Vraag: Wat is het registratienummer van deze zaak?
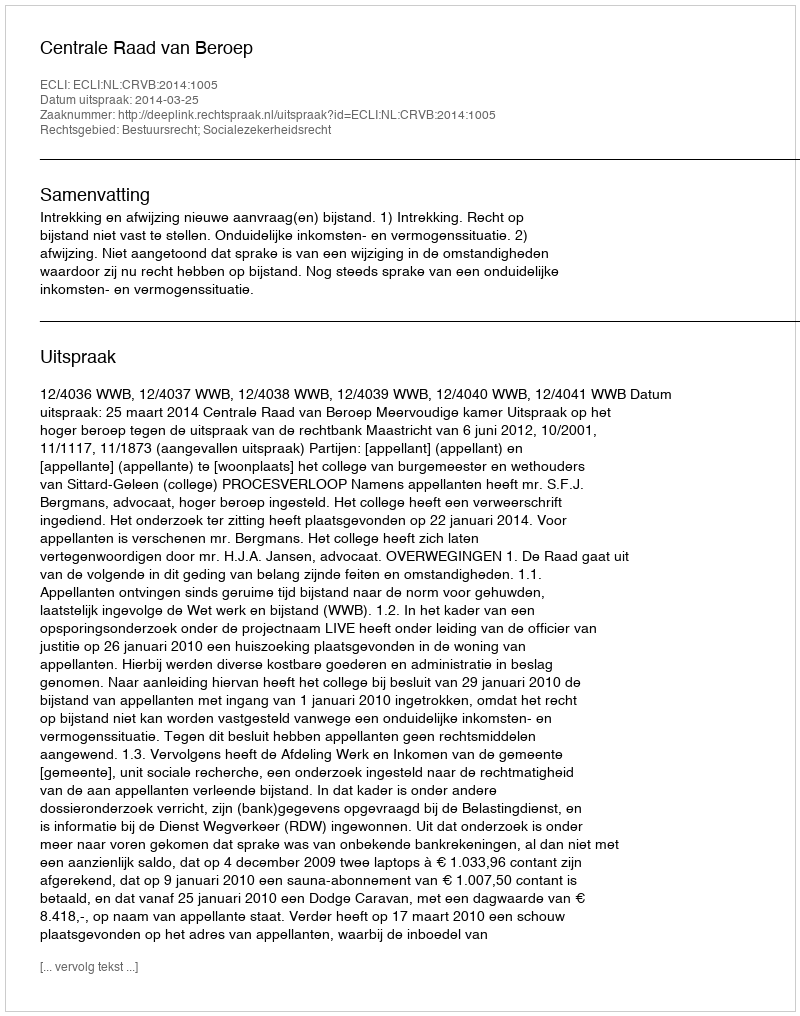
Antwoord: http://deeplink.rechtspraak.nl/uitspraak?id=ECLI:NL:CRVB:2014:1005